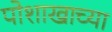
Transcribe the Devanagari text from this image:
पोशाखाच्या